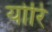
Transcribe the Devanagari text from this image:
योरि